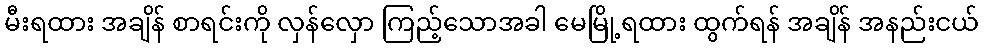
မီးရထား အချိန် စာရင်းကို လှန်လှော ကြည့်သောအခါ မေမြို့ရထား ထွက်ရန် အချိန် အနည်းငယ်